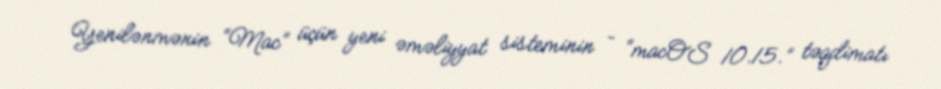
Yenilənmənin “Mac” üçün yeni əməliyyat sisteminin – “macOS 10.15.” təqdimatı